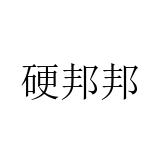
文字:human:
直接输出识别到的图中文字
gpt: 硬邦邦